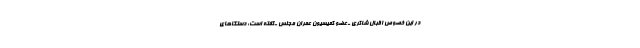
در این خصوص اقبال شاکری ـ عضو کمیسیون عمران مجلس ـ گفته است: دستگاهای